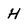
Character: H